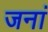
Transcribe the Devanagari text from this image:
जनां